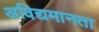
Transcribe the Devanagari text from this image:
अविद्यमानता